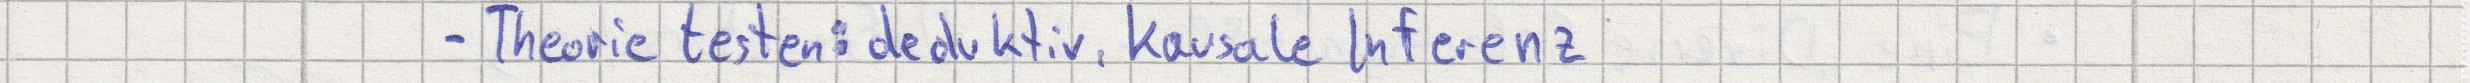
- Theorie testen: deduktiv, kausale Inferenz